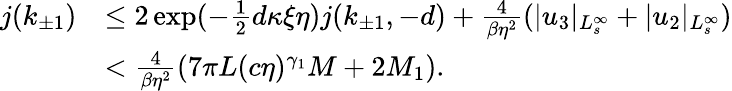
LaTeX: \begin{array}{rl}{j(k_{\pm 1})}&{\le 2\exp(-\frac 12d\kappa\xi\eta)j(k_{\pm 1},-d)+\frac 4{\beta\eta^{2}}(\vert u_{3}\vert_{L_{s}^{\infty}}+\vert u_{2}\vert_{L_{s}^{\infty}})}\\ &{<\frac 4{\beta\eta^{2}}(7\pi L(c\eta)^{\gamma_{1}}M+2M_{1}).}\end{array}